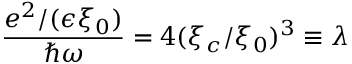
\frac { e ^ { 2 } / ( \epsilon \xi _ { 0 } ) } { \hbar \omega } = 4 ( \xi _ { c } / \xi _ { 0 } ) ^ { 3 } \equiv \lambda